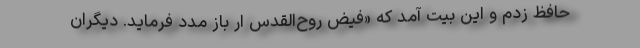
حافظ زدم و این بیت آمد که «فیض روح‌القدس ار باز مدد فرماید. دیگران